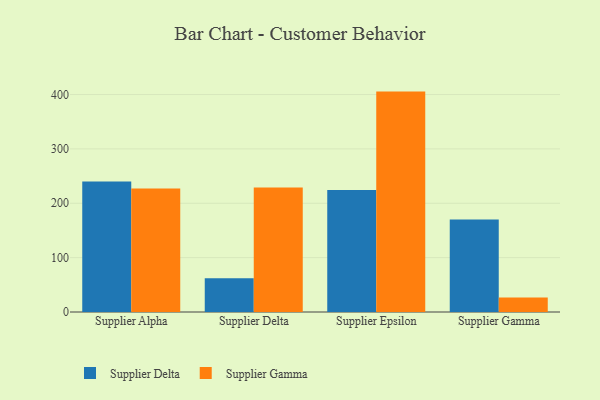
{"axis": {"x": "Supplier", "y": "Satisfaction Score"}, "legend": ["Supplier Delta", "Supplier Gamma"], "data": [{"x": "Supplier Alpha", "y": 239.9, "type": "Supplier Delta"}, {"x": "Supplier Alpha", "y": 227.1, "type": "Supplier Gamma"}, {"x": "Supplier Delta", "y": 62.0, "type": "Supplier Delta"}, {"x": "Supplier Delta", "y": 229.0, "type": "Supplier Gamma"}, {"x": "Supplier Epsilon", "y": 224.2, "type": "Supplier Delta"}, {"x": "Supplier Epsilon", "y": 405.4, "type": "Supplier Gamma"}, {"x": "Supplier Gamma", "y": 170.3, "type": "Supplier Delta"}, {"x": "Supplier Gamma", "y": 26.6, "type": "Supplier Gamma"}]}